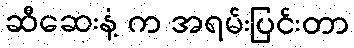
ဆီဆေးနံ့ က အရမ်းပြင်းတာ